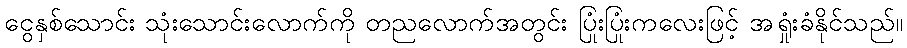
ငွေနှစ်သောင်း သုံးသောင်းလောက်ကို တညလောက်အတွင်း ပြုံးပြုံးကလေးဖြင့် အရှုံးခံနိုင်သည်။